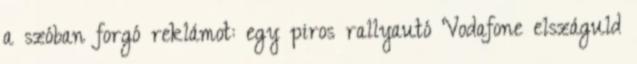
a szóban forgó reklámot: egy piros rallyautó Vodafone elszáguld